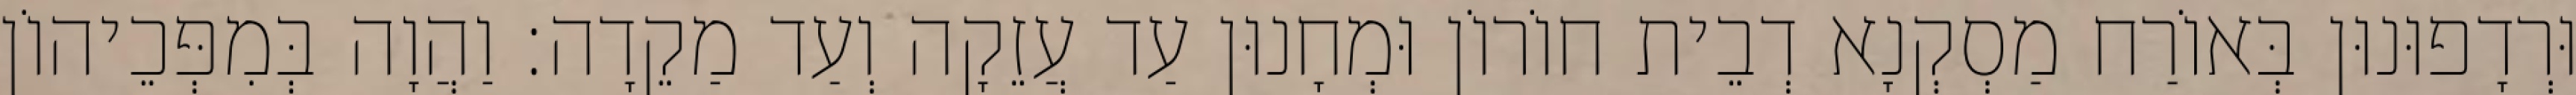
וּרְדָפוּנוּן בְּאוֹרַח מַסְקְנָא דְבֵית חוֹרוֹן וּמְחָנוּן עַד עֲזֵקָה וְעַד מַקֵדָה׃ וַהֲוָה בְּמִפְּכֵיהוֹן